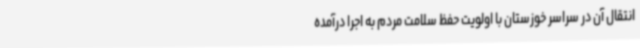
انتقال آن در سراسر خوزستان با اولویت حفظ سلامت مردم به اجرا درآمده